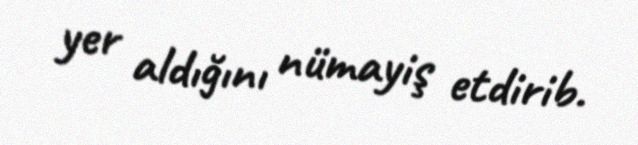
yer aldığını nümayiş etdirib.